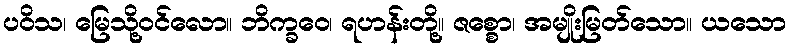
ပဝိသ၊ မြေသို့ဝင်လော။ ဘိက္ခဝေ၊ ရဟန်းတို့။ ဇစ္စော၊ အမျိုးမြတ်သော။ ယသော